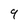
Character: 9